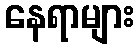
နေရာများ